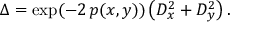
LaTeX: \Delta = \exp ( - 2 \, p ( x , y ) ) \left( D _ { x } ^ { 2 } + D _ { y } ^ { 2 } \right) .